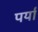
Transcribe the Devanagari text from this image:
पर्या